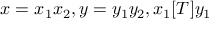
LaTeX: x = x _ { 1 } x _ { 2 } , y = y _ { 1 } y _ { 2 } , x _ { 1 } [ T ] y _ { 1 }